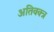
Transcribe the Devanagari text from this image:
अतिवक्त्र